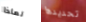
لماذا تحديدها